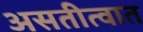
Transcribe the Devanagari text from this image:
असतीत्वात